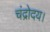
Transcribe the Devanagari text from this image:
चंद्रोदय।